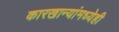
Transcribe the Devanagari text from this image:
कारखान्यांमध्येही